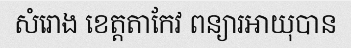
សំរោង ខេត្តតាកែវ ពន្យារអាយុបាន